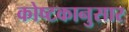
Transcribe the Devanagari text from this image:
कोष्टकानुसार